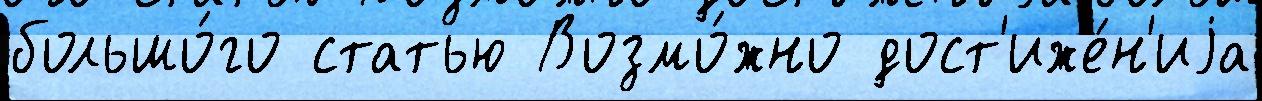
большо́го статью Возмо́жно дост'иже́н'иjа